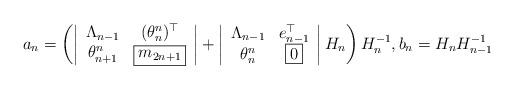
LaTeX: \begin{align*}a_n=\left(\left|\begin{array}{cc}\Lambda_{n-1}&(\theta_n^n)^\top\\\theta_{n+1}^n&\boxed{m_{2n+1}}\end{array}\right|+\left|\begin{array}{cc}\Lambda_{n-1}&e_{n-1}^\top\\\theta_n^n&\boxed{0}\end{array}\right|H_n\right)H_n^{-1},b_n=H_{n}H_{n-1}^{-1}\end{align*}